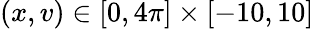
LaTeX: \left(x,v\right)\in\left[0,4\pi\right]\times\left[-10,10\right]